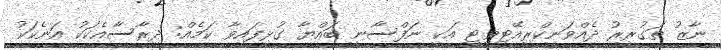
ނާޒު ތަގުރީރު ދެއްވަނީކްރިއޭޓިވިޓީ އަކީ ނަފްސާނީ ބައްޔާ ގުޅިފައިވާ ކަމެއް: ދިރާސާއެކަކު އަނެކަކު